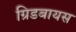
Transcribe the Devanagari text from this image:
ग्रिडबायस